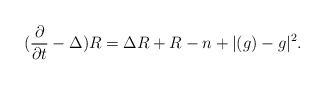
\begin{align*}(\frac{\partial}{\partial t}-\Delta)R&=\Delta R+R-n+|(g)-g|^2.\end{align*}